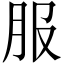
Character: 服